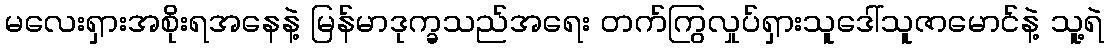
မလေးရှားအစိုးရအနေနဲ့ မြန်မာဒုက္ခသည်အရေး တက်ကြွလှုပ်ရှားသူဒေါ်သူဇာမောင်နဲ့ သူ့ရဲ